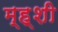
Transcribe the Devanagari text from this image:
म्ह्शी